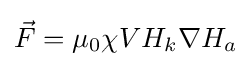
{\vec {F}}=\mu _{0}\chi VH_{k}\nabla H_{a}